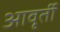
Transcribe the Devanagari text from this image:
आवृर्ती